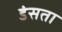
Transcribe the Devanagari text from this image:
डंसता